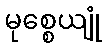
မုစ္စေယျုံ